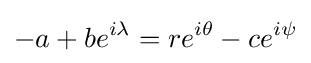
-a+be^{i\lambda }=re^{i\theta }-ce^{i\psi }